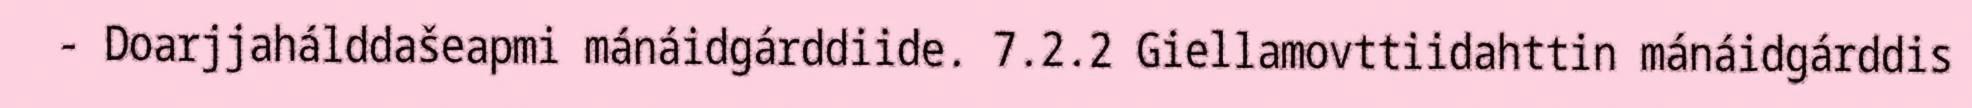
- Doarjjahálddašeapmi mánáidgárddiide. 7.2.2 Giellamovttiidahttin mánáidgárddis